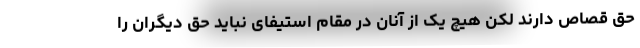
حق قصاص دارند لکن هیچ یک از آنان در مقام استیفای نباید حق دیگران را